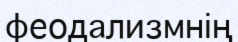
феодализмнің